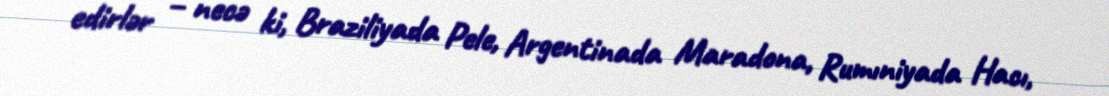
edirlər – necə ki, Braziliyada Pele, Argentinada Maradona, Rumıniyada Hacı,